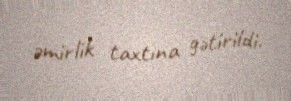
əmirlik taxtına gətirildi.